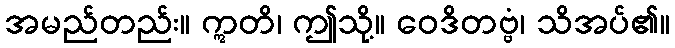
အမည်တည်း။ ဣတိ၊ ဤသို့။ ဝေဒိတဗ္ဗံ၊ သိအပ်၏။